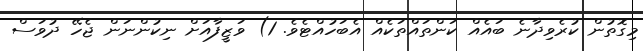
މިގޮތުން ކުރެވިދާނެ ބައެއް ކަންތައްތަކެއް އެބަހުއްޓެވެ. 1) ވަޒީފާއަށް ނިކުންނަން ޖެހޭ ދުވަސް